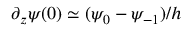
\partial _ { z } \psi ( 0 ) \simeq ( \psi _ { 0 } - \psi _ { - 1 } ) / h